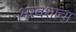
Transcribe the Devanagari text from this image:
भरवशाचा